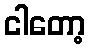
ငါတော့